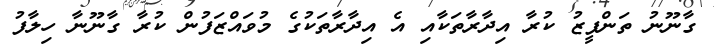
ގާނޫނު ތަންފީޒު ކުރާ އިދާރާތަކާއި އެ އިދާރާތަކުގެ މުވައްޒަަފުން ކުރާ ގާނޫނާ ހިލާފު